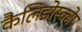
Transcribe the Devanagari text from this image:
कैलिडोस्कोप